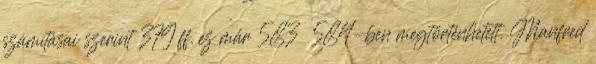
számításai szerint 379 ff. ez már 583 584-ben megtörténhetett. Manfred